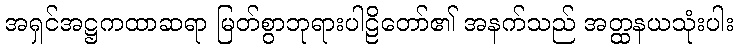
အရှင်အဋ္ဌကထာဆရာ မြတ်စွာဘုရားပါဠိတော်၏ အနက်သည် အတ္ထနယသုံးပါး